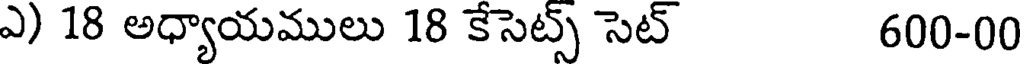
ఎ) 18 అధ్యాయములు 18 కేసెట్స్ సెట్ 600-00